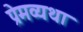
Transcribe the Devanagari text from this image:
प्रेमव्यथा